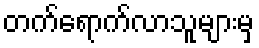
တက်ရောက်လာသူများမှ